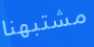
مشتبهنا